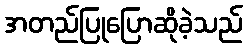
အတည်ပြုပြောဆိုခဲ့သည်